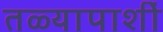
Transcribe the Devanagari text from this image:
तळ्यापाशीं